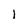
Character: l